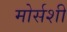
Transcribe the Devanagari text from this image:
मोर्सशी